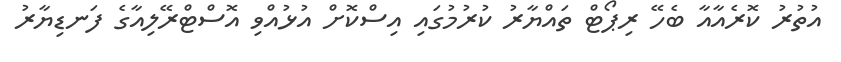
އުތުރު ކޮރެއާއާ ބެހޭ ރިޕޯޓް ތައްޔާރު ކުރުމުގައި އިސްކޮށް އުޅުއްވި އޮސްޓްރޭލިއާގެ ފަނޑިޔާރު